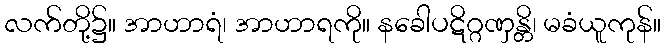
လက်တို့၌။ အာဟာရံ၊ အာဟာရကို။ နခေါပဋိဂ္ဂဏှန္တိ၊ မခံယူကုန်။